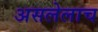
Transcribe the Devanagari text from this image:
असलेलाच